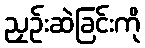
ညှဉ်းဆဲခြင်းကို